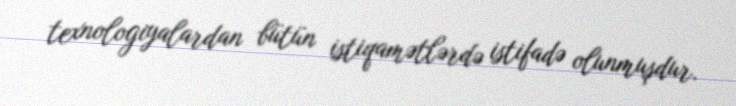
texnologiyalardan bütün istiqamətlərdə istifadə olunmuşdur.